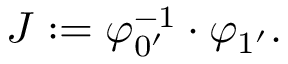
J : = \varphi _ { 0 ^ { \prime } } ^ { - 1 } \cdot \varphi _ { 1 ^ { \prime } } .